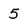
Character: 5